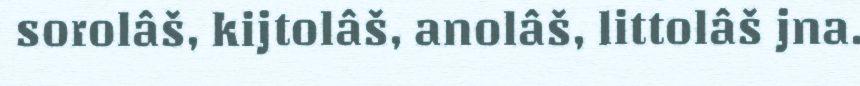
sorolâš, kijtolâš, anolâš, littolâš jna.